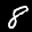
Label: 8